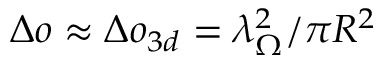
\Delta o \approx \Delta o _ { 3 d } = \lambda _ { \Omega } ^ { 2 } / \pi R ^ { 2 }